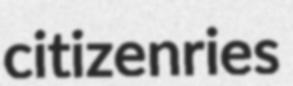
citizenries